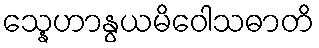
သ္နေဟာနွယမိဝေါသဓာတိ